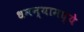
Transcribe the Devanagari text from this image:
धमन्यामध्ये